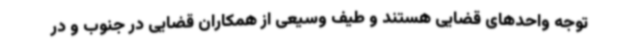
توجه واحدهای قضایی هستند و طیف وسیعی از همکاران قضایی در جنوب و در